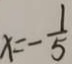
x = - \frac { 1 } { 5 }